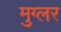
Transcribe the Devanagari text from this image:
मुग्लर